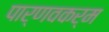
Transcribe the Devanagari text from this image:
पार्णवकर्म